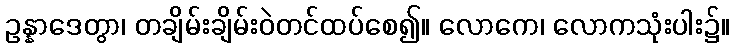
ဥန္နာဒေတွာ၊ တချိမ်းချိမ်းဝဲတင်ထပ်စေ၍။ လောကေ၊ လောကသုံးပါး၌။